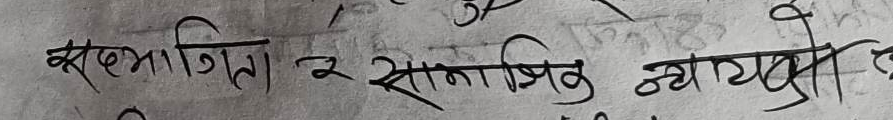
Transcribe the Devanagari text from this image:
सद्‌भागिता र सामाजिक न्यायको